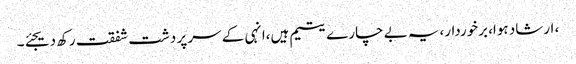
، ارشاد ہوا، برخوردار،یہ بے چارے یتیم ہیں،انہی کے سر پر دشت شفقت رکھ دیجئے۔